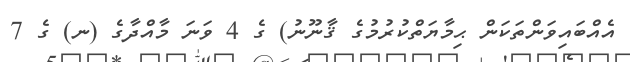
އެއްބައިވަންތަކަން ޙިމާޔަތްކުރުމުގެ ޤާނޫނު) ގެ 4 ވަނަ މާއްދާގެ (ނ) ގެ 7